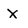
Character: X